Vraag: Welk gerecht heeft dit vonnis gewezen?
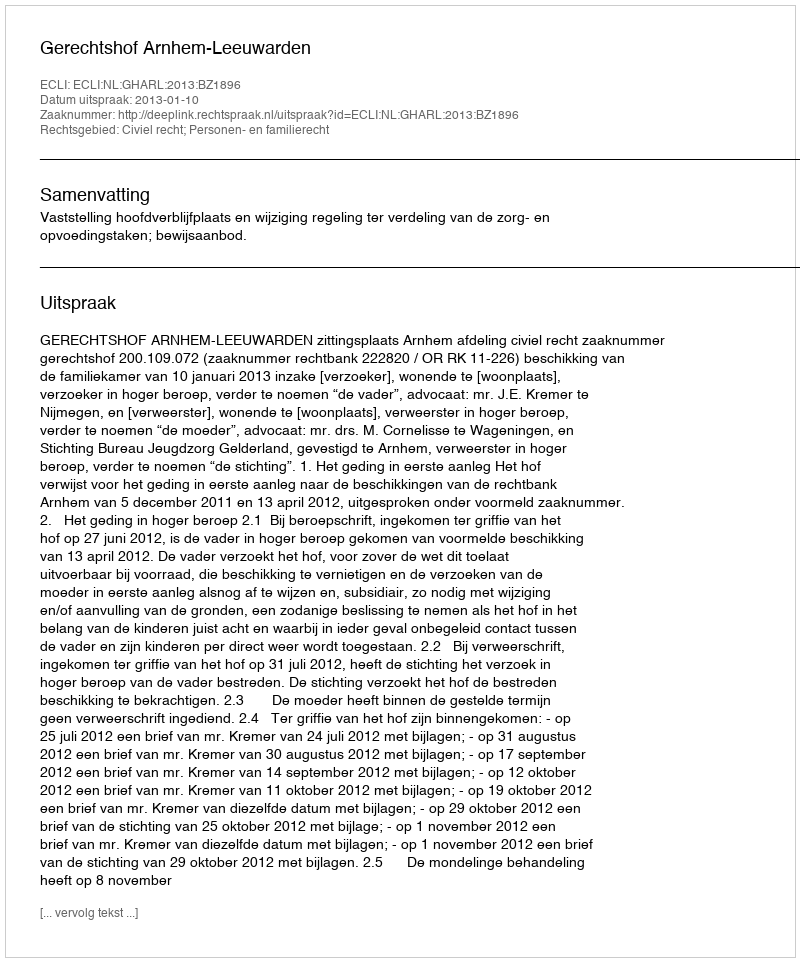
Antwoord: Gerechtshof Arnhem-Leeuwarden